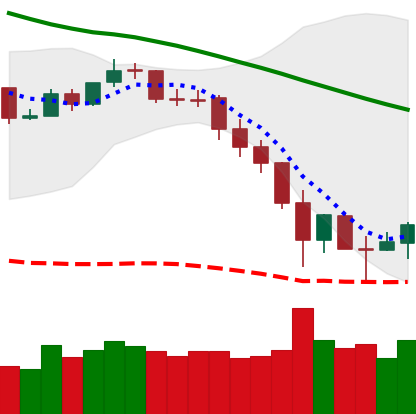
Ticker: BNB-USD
Chart end date: 2019-11-27
Forward return: -5.631%
Label: down_5_7